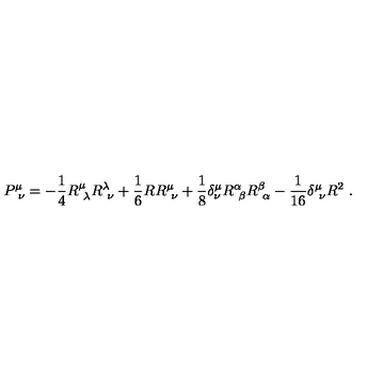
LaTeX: P _ { \ \nu } ^ { \mu } = - { \frac { 1 } { 4 } } R _ { \ \lambda } ^ { \mu } R _ { \ \nu } ^ { \lambda } + { \frac { 1 } { 6 } } R R _ { \ \nu } ^ { \mu } + { \frac { 1 } { 8 } } \delta _ { \nu } ^ { \mu } R _ { \ \beta } ^ { \alpha } R _ { \ \alpha } ^ { \beta } - { \frac { 1 } { 1 6 } } \delta _ { \ \nu } ^ { \mu } R ^ { 2 } \ .